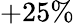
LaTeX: +25\%